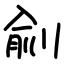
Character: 㓱